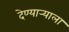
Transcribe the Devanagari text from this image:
देण्यार्‍याला